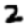
Digit: 2